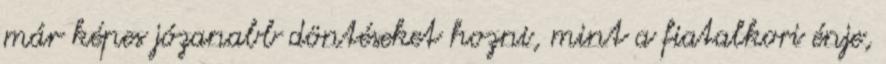
már képes józanabb döntéseket hozni, mint a fiatalkori énje,